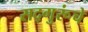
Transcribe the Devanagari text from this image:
सद्गुरूंचे